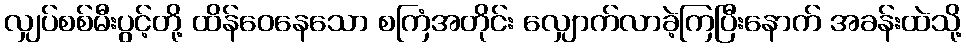
လျှပ်စစ်မီးပွင့်တို့ ထိန်ဝေနေသော စကြံအတိုင်း လျှောက်လာခဲ့ကြပြီးနောက် အခန်းထဲသို့